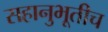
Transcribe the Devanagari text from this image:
सहानुभूतीच